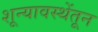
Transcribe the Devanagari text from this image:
शून्यावस्थेंतून